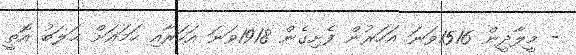
- މީލާދީން 1516ވަނަ އަހަރުން ފެށިގެން 1918ވަނަ އަހަރާއި ހަމައަށް ޙަލަބު އޮތީ